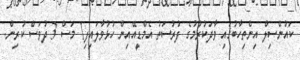
ކައުންސިލް އިންތިހާބުގައި ވާދަކުރުމުގެ ފުރުސަތު އެމްޑީއޭއިން ހުޅުވާލައިފި1 މަސް 3 ދުވަސް ކުރިން.